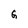
Character: G